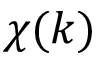
\chi ( k )